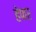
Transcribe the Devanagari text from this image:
हेपार